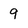
Character: 9